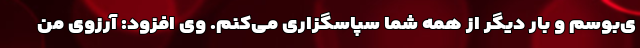
ی‌بوسم و بار دیگر از همه شما سپاسگزاری می‌کنم. وی افزود: آرزوی من